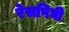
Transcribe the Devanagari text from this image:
रेसपिघी